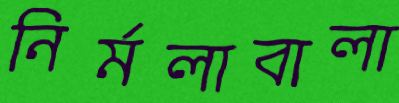
নির্মলাবালা